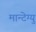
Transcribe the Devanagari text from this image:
मान्टेग्यु